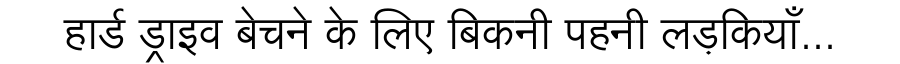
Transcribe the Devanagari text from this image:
हार्ड ड्राइव बेचने के लिए बिकनी पहनी लड़कियाँ...